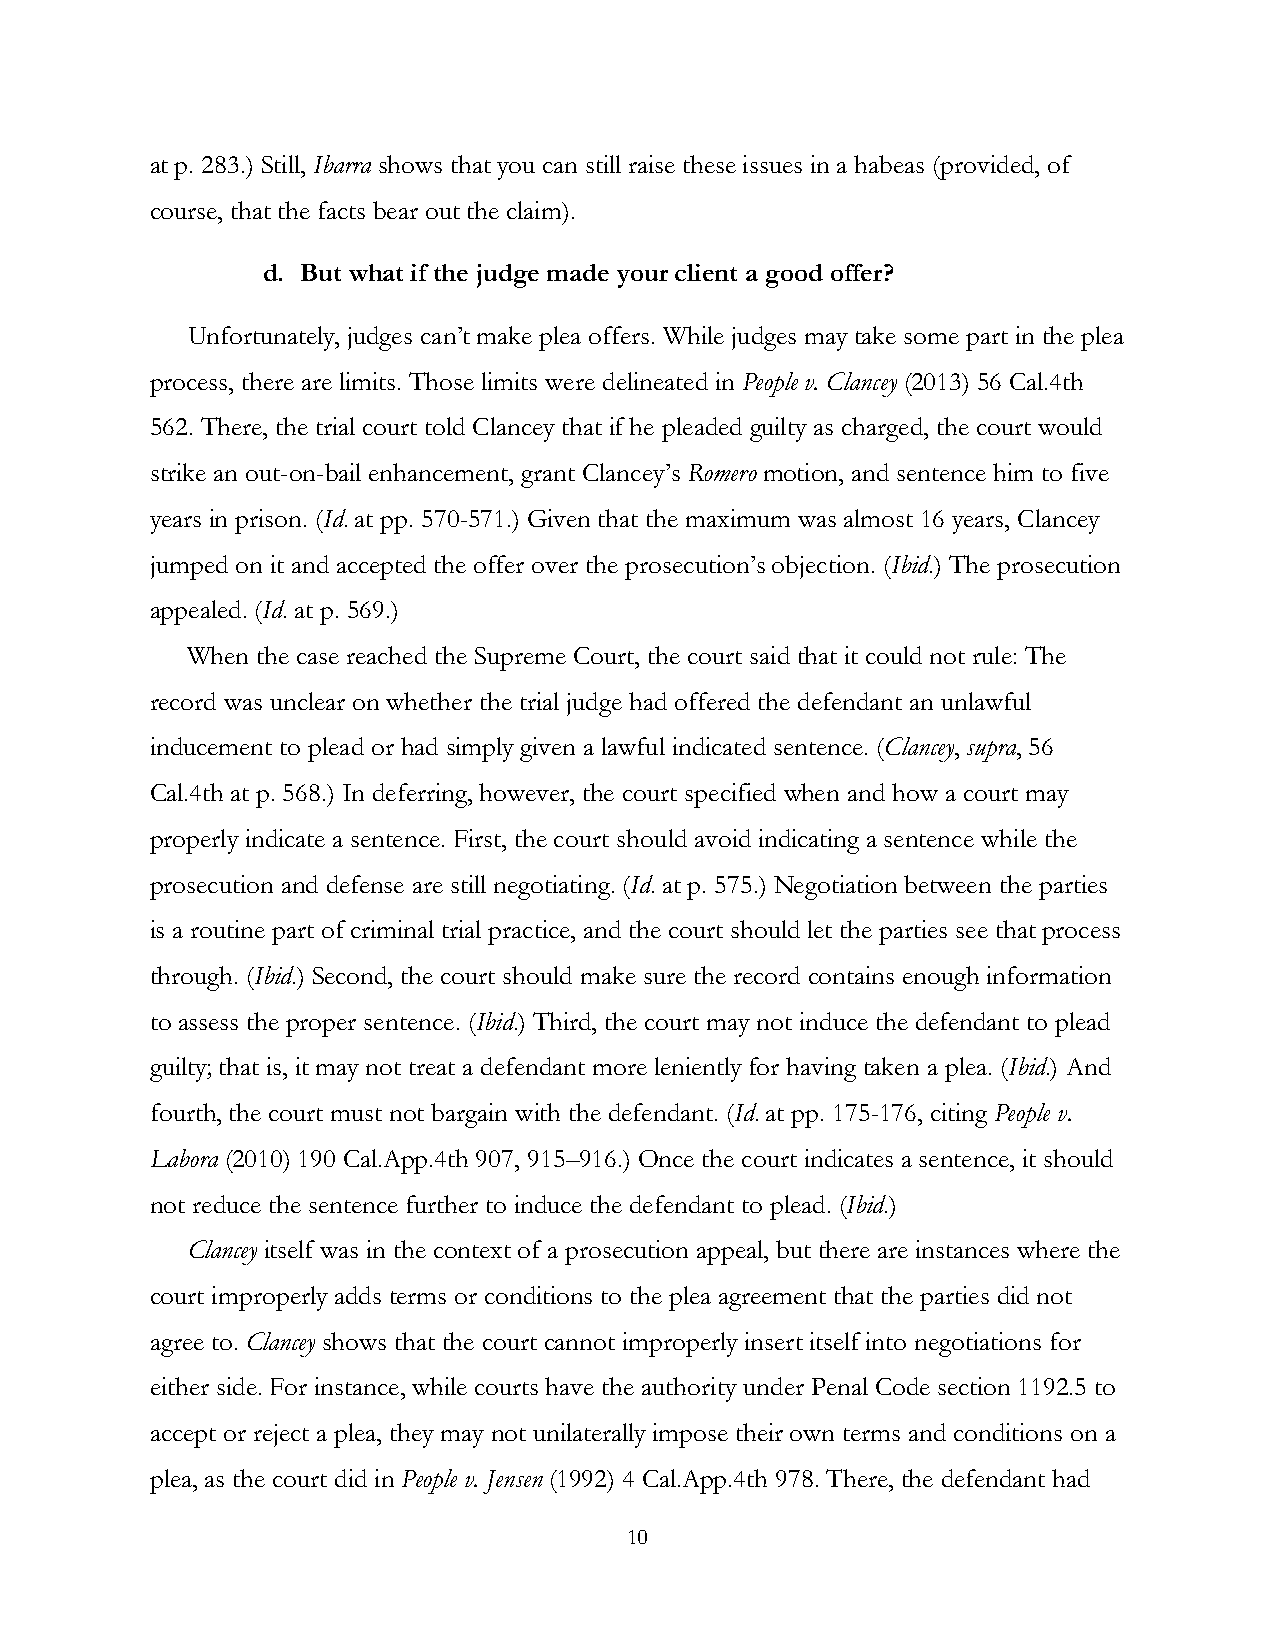
at p. 283.) Still, Ibarra shows that you can still raise these issues in a habeas (provided, of
 course, that the facts bear out the claim).
 d. But what if the judge made your client a good offer?
 Unfortunately, judges can’t make plea offers. While judges may take some part in the plea
 process, there are limits. Those limits were delineated in People v. Clancey (2013) 56 Cal.4th
 562. There, the trial court told Clancey that if he pleaded guilty as charged, the court would
 strike an out-on-bail enhancement, grant Clancey’s Romero motion, and sentence him to five
 years in prison. (Id. at pp. 570-571.) Given that the maximum was almost 16 years, Clancey
 jumped on it and accepted the offer over the prosecution’s objection. (Ibid.) The prosecution
 appealed. (Id. at p. 569.)
 When the case reached the Supreme Court, the court said that it could not rule: The
 record was unclear on whether the trial judge had offered the defendant an unlawful
 inducement to plead or had simply given a lawful indicated sentence. (Clancey, supra, 56
 Cal.4th at p. 568.) In deferring, however, the court specified when and how a court may
 properly indicate a sentence. First, the court should avoid indicating a sentence while the
 prosecution and defense are still negotiating. (Id. at p. 575.) Negotiation between the parties
 is a routine part of criminal trial practice, and the court should let the parties see that process
 through. (Ibid.) Second, the court should make sure the record contains enough information
 to assess the proper sentence. (Ibid.) Third, the court may not induce the defendant to plead
 guilty; that is, it may not treat a defendant more leniently for having taken a plea. (Ibid.) And
 fourth, the court must not bargain with the defendant. (Id. at pp. 175-176, citing People v.
 Labora (2010) 190 Cal.App.4th 907, 915–916.) Once the court indicates a sentence, it should
 not reduce the sentence further to induce the defendant to plead. (Ibid.)
 Clancey itself was in the context of a prosecution appeal, but there are instances where the
 court improperly adds terms or conditions to the plea agreement that the parties did not
 agree to. Clancey shows that the court cannot improperly insert itself into negotiations for
 either side. For instance, while courts have the authority under Penal Code section 1192.5 to
 accept or reject a plea, they may not unilaterally impose their own terms and conditions on a
 plea, as the court did in People v. Jensen (1992) 4 Cal.App.4th 978. There, the defendant had
 10